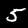
Digit: 5